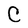
Character: C